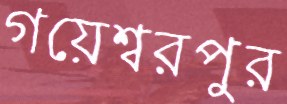
গয়েশ্বরপুর